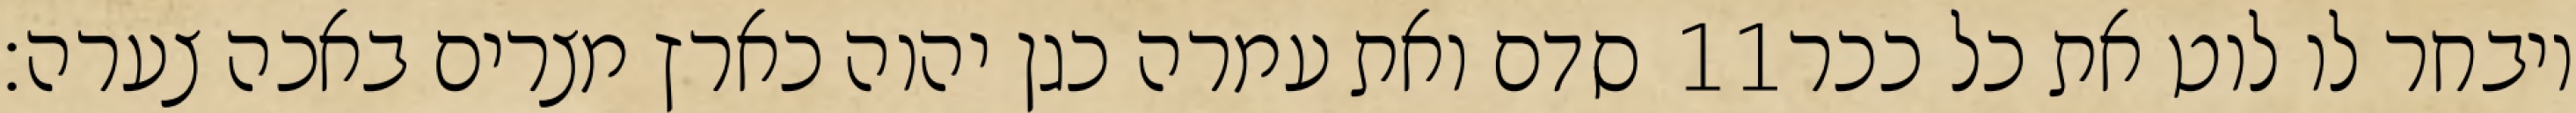
סדם ואת עמרה כגן יהוה כארץ מצרים באכה צערה׃ ‎11‏ ויבחר לו לוט את כל ככר